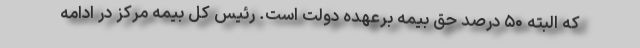
که البته ۵۰ درصد حق بیمه برعهده دولت است. رئیس کل بیمه مرکز در ادامه